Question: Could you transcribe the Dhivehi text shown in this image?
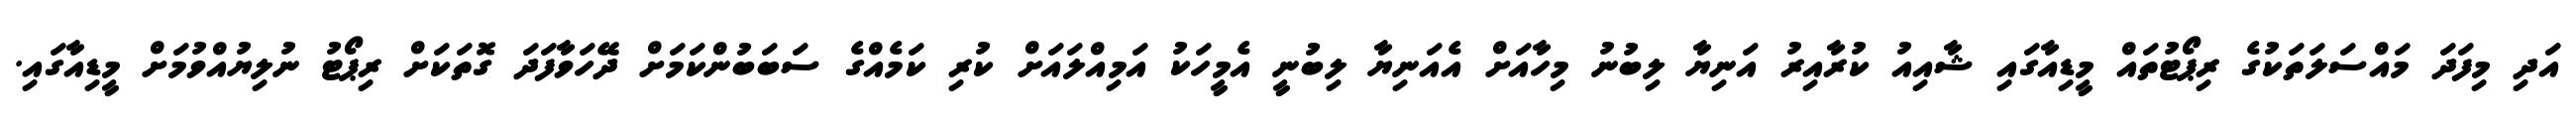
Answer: އަދި މިފަދަ މައްސަލަތަކުގެ ރިޕޯޓުތައް މީޑިއާގައި ޝާއިއު ކުރާއިރު އަނިޔާ ލިބުނު މިހާއަށް އެއަނިޔާ ލިބުނީ އެމީހަކު އަމިއްލައަށް ކުރި ކަމެއްގެ ސަބަބުންކަމަށް ދޭހަވާފަދަ ގޮތަކަށް ރިޕޯޓު ނުލިޔުއްވުމަށް މީޑިއާގައި.